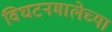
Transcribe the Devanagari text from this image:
विघटनमालेच्या